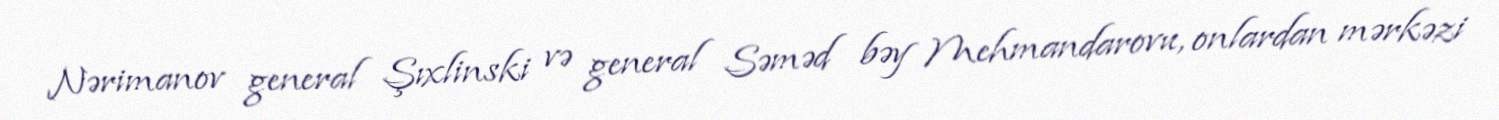
Nərimanov general Şıxlinski və general Səməd bəy Mehmandarovu, onlardan mərkəzi